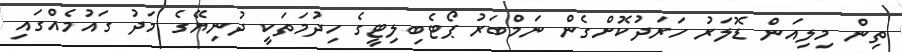
ތިން މިލިއަން ޑޮލަރު ހަރަދުކޮށްގެން ނަމްބަރު ޕޯޓެބިލިޓީގެ ހިދުމަތަކީ ދުނިޔޭގެ މަދު ގައުމެއްގައި